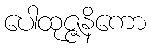
ပေါထုဇ္ဇနိကော